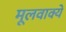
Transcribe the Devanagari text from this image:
मूलवाक्ये